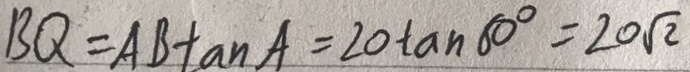
B Q = A B \tan A = 2 0 \tan 6 0 ^ { \circ } = 2 0 \sqrt { 2 }